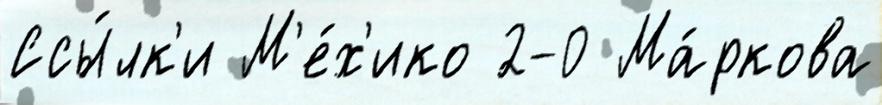
Ссы́лк'и М'е́х'ико 2-0 Ма́ркова